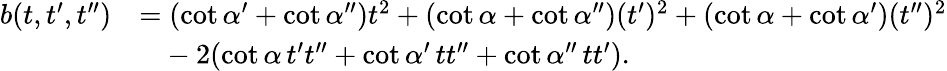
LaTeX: \begin{array}{rl}{b(t,t^{\prime},t^{\prime\prime})}&{=(\cot\alpha^{\prime}+\cot\alpha^{\prime\prime})t^{2}+(\cot\alpha+\cot\alpha^{\prime\prime})(t^{\prime})^{2}+(\cot\alpha+\cot\alpha^{\prime})(t^{\prime\prime})^{2}}\\ &{\phantom{=}-2(\cot\alpha\, t^{\prime}t^{\prime\prime}+\cot\alpha^{\prime}\, tt^{\prime\prime}+\cot\alpha^{\prime\prime}\, tt^{\prime}).}\end{array}